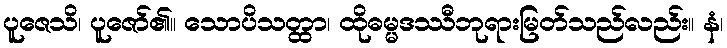
ပူဇေသိ၊ ပူဇော်၏။ သောပိသတ္ထာ၊ ထိုဓမ္မဒဿီဘုရားမြတ်သည်လည်း။ နံ၊